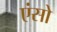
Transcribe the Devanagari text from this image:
एंसो